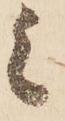
上